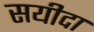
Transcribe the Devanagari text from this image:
सयीदा